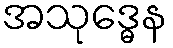
အသုဒ္ဓေန